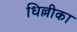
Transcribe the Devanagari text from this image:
धिल्लीका